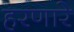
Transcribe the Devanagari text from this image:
हरणारे